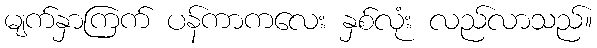
မျက်နှာကြက် ပန်ကာကလေး နှစ်လုံး လည်လာသည်။